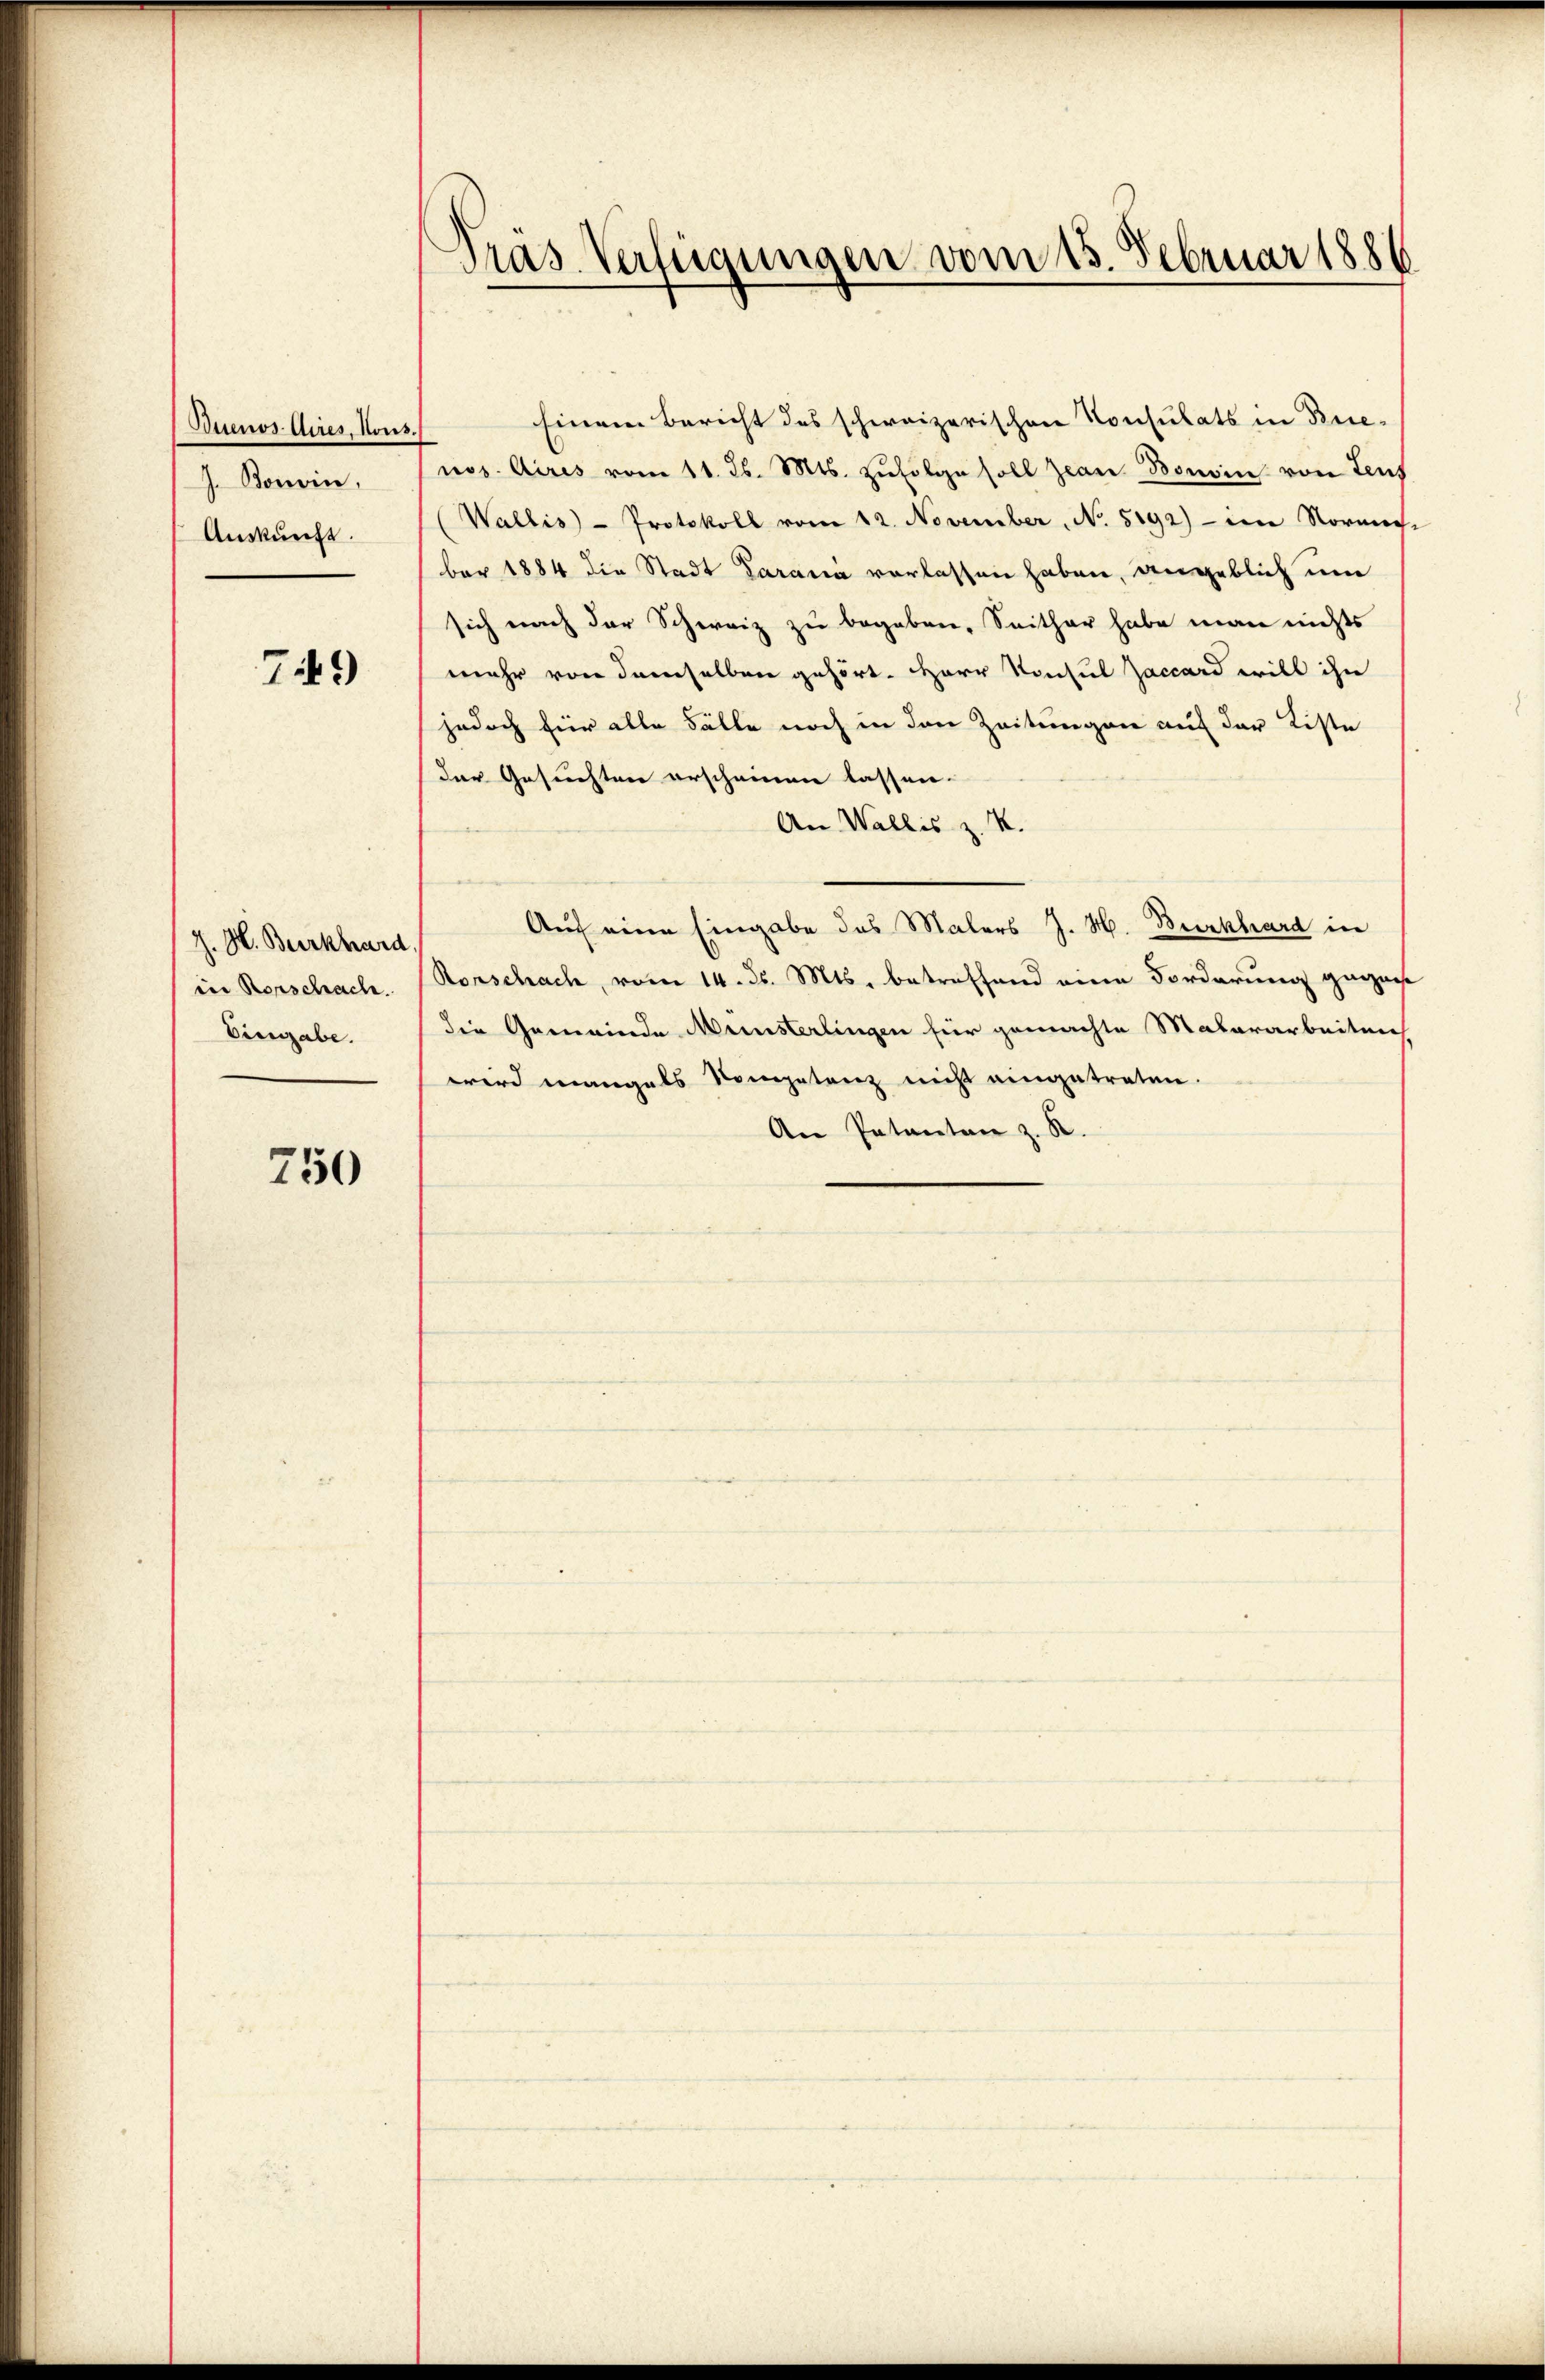
Buenos Aires, Nous
J. Bonin.
Auskunft.

749)

J. H. Burkhard
in Rorschache.
Eingabe.

750

Präs. Verfügungen vom 13. Februar 1886

Einem Bericht des schweizerischen Konsulats in Brienos Aires vom 11. Js. Mts. zŭfolge soll Jean Bonin von Leus
(Wallis - Protokoll vom 12. November, No. 5192) - im Normache
ber 1884 die Stadt Parama verlassen haben, angeblich um
sich nach der Schweiz zu begaben, Seither habe man nichts
mehr von demselben gehört. HHerr Konsul Zaccard will ihn
jedoch für alle Fälle noch in den Zeitungen auf der Kiste
der Gesuchten erscheinen lassen.
An Wallis z. R.
Auf eine Eingabe des Malers J. H. Burkhard in
Rorschach, vom 14. ds. Mts. betreffend eine Forderung gegens
die Gemeinde Münsterlingen für gemachte Malerarbeiten
wird mangels Kompetenz nicht eingetreten.
An Petenten z. R.